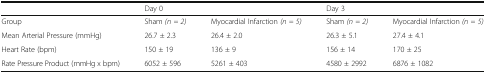
|  | <COLSPAN=2> Day 0 | <COLSPAN=2> Day 3 |
 | --- | --- | --- | --- | --- |
 | Group | Sham (n = 2) | Myocardial Infarction (n = 5) | Sham (n = 2) | Myocardial Infarction (n = 5) |
 | Mean Arterial Pressure (mmHg) | 26.7 ± 2.3 | 26.4 ± 2.0 | 26.3 ± 5.1 | 27.4 ± 4.1 |
 | Heart Rate (bpm) | 150 ± 19 | 136 ± 9 | 156 ± 14 | 170 ± 25 |
 | Rate Pressure Product (mmHg x bpm) | 6052 ± 596 | 5261 ± 403 | 4580 ± 2992 | 6876 ± 1082 |